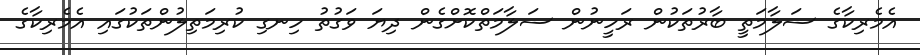
އެމެރިކާގެ ސަލާމަތީ ބާރުތަކުން ރަހީނުން ސަލާމަތްކޮށްގެން ދިޔަ ވަގުތު ހިނގި ކުރިމަތިލުންތަކުގައި އެމެރިކާގެ